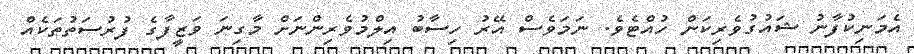
އެމަނިކުފާނު ޝައުގުވެރިކަން ހުއްޓެވެ. ނަމަވެސް އޭރު ހިސާބު އިލްމުވެރިންނަށް މާގިނަ ވަޒީފާގެ ފުރުސަތުތަކެއް